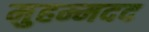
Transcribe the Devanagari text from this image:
मुहम्मदद